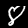
Label: 8